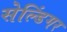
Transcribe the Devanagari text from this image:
सेल्डिंगर